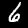
Digit: 6